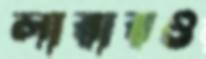
লারারও